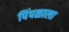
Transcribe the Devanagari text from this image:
पिंपळाला